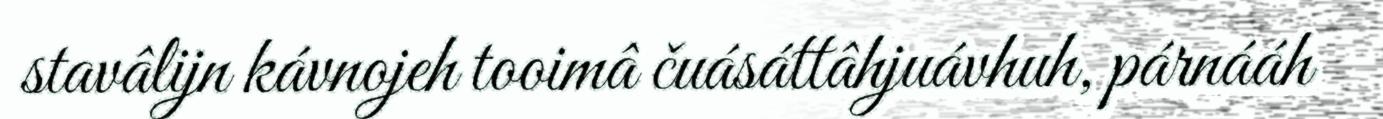
stavâlijn kávnojeh tooimâ čuásáttâhjuávhuh, párnááh